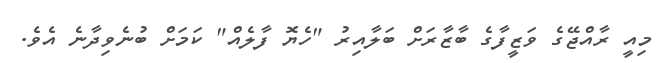
މިއީ ރާއްޖޭގެ ވަޒީފާގެ ބާޒާރަށް ބަލާއިރު "ހެޔޮ ފާލެއް" ކަމަށް ބުނެވިދާނެ އެވެ.